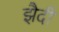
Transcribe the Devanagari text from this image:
झैदी